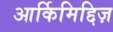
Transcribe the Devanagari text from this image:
आर्किमिद्दिज़